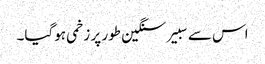
اس سے سبیر سنگین طور پر زخمی ہوگیا۔